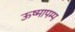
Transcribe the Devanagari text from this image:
ऊष्मापम्प